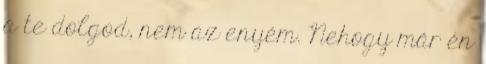
a te dolgod, nem az enyém. Nehogy már én